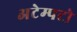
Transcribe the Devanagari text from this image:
अटेम्पटो